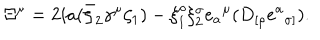
LaTeX: \Xi ^ { \mu } = 2 i a ( \bar { \zeta } _ { 2 } \gamma ^ { \mu } \zeta _ { 1 } ) - \xi _ { 1 } ^ { \rho } \xi _ { 2 } ^ { \sigma } e { _ a } ^ { \mu } ( D _ { [ \rho } e { ^ a } _ { \sigma ] } ) .